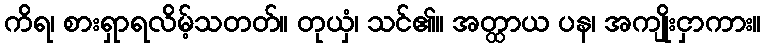
ကိရ၊ စားရှာရလိမ့်သတတ်။ တုယှံ၊ သင်၏။ အတ္ထာယ ပန၊ အကျိုးငှာကား။